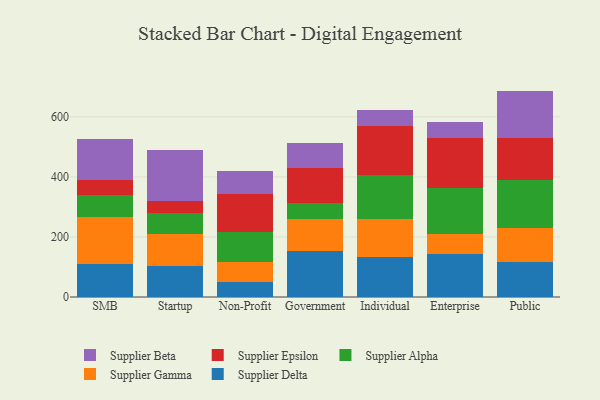
{"axis": {"x": "Segment", "y": "Revenue (USD Million)"}, "legend": ["Supplier Alpha", "Supplier Beta", "Supplier Delta", "Supplier Epsilon", "Supplier Gamma"], "data": [{"x": "SMB", "y": 108.5, "type": "Supplier Delta"}, {"x": "SMB", "y": 157.7, "type": "Supplier Gamma"}, {"x": "SMB", "y": 74.9, "type": "Supplier Alpha"}, {"x": "SMB", "y": 49.3, "type": "Supplier Epsilon"}, {"x": "SMB", "y": 136.3, "type": "Supplier Beta"}, {"x": "Startup", "y": 102.8, "type": "Supplier Delta"}, {"x": "Startup", "y": 105.9, "type": "Supplier Gamma"}, {"x": "Startup", "y": 71.9, "type": "Supplier Alpha"}, {"x": "Startup", "y": 38.2, "type": "Supplier Epsilon"}, {"x": "Startup", "y": 170.3, "type": "Supplier Beta"}, {"x": "Non-Profit", "y": 49.3, "type": "Supplier Delta"}, {"x": "Non-Profit", "y": 67.4, "type": "Supplier Gamma"}, {"x": "Non-Profit", "y": 98.4, "type": "Supplier Alpha"}, {"x": "Non-Profit", "y": 126.6, "type": "Supplier Epsilon"}, {"x": "Non-Profit", "y": 79.0, "type": "Supplier Beta"}, {"x": "Government", "y": 153.6, "type": "Supplier Delta"}, {"x": "Government", "y": 104.6, "type": "Supplier Gamma"}, {"x": "Government", "y": 56.1, "type": "Supplier Alpha"}, {"x": "Government", "y": 113.9, "type": "Supplier Epsilon"}, {"x": "Government", "y": 83.4, "type": "Supplier Beta"}, {"x": "Individual", "y": 132.6, "type": "Supplier Delta"}, {"x": "Individual", "y": 127.0, "type": "Supplier Gamma"}, {"x": "Individual", "y": 145.9, "type": "Supplier Alpha"}, {"x": "Individual", "y": 162.7, "type": "Supplier Epsilon"}, {"x": "Individual", "y": 54.6, "type": "Supplier Beta"}, {"x": "Enterprise", "y": 142.2, "type": "Supplier Delta"}, {"x": "Enterprise", "y": 67.7, "type": "Supplier Gamma"}, {"x": "Enterprise", "y": 154.0, "type": "Supplier Alpha"}, {"x": "Enterprise", "y": 166.7, "type": "Supplier Epsilon"}, {"x": "Enterprise", "y": 51.8, "type": "Supplier Beta"}, {"x": "Public", "y": 116.8, "type": "Supplier Delta"}, {"x": "Public", "y": 112.9, "type": "Supplier Gamma"}, {"x": "Public", "y": 159.4, "type": "Supplier Alpha"}, {"x": "Public", "y": 140.2, "type": "Supplier Epsilon"}, {"x": "Public", "y": 157.3, "type": "Supplier Beta"}]}